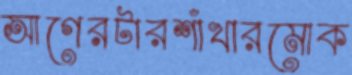
আগেরটারশাঁখারমোক